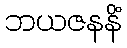
ဘယဇနနိံ